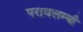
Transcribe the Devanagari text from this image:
परावलम्बी